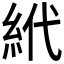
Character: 𱹮